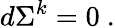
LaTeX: d\Sigma^{k}=0\ .